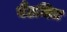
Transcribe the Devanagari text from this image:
बैंडमित्र